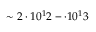
\sim 2 \cdot 1 0 ^ { 1 } 2 - \cdot 1 0 ^ { 1 } 3